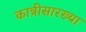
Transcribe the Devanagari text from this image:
कात्रीसारख्या